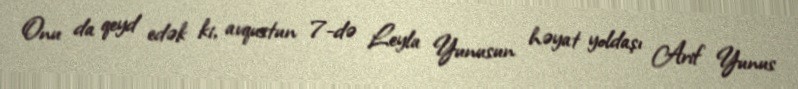
Onu da qeyd edək ki, avqustun 7-də Leyla Yunusun həyat yoldaşı Arif Yunus